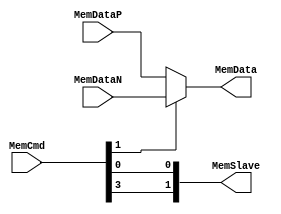
module memManager (MemCmd, MemSlave, MemDataP, MemDataN, MemData);

input [3:0]MemCmd;
input [31:0]MemDataP;
input [31:0]MemDataN;

output [1:0]MemSlave;
output [31:0]MemData;

wire [31:0]DataPath;
wire [1:0]MemSlaver;

assign DataPath = MemCmd[1] ? MemDataN : MemDataP;

assign MemSlaver[1] = MemCmd[3];
assign MemSlaver[0] = MemCmd[0];

assign MemSlave = MemSlaver;

assign MemData = DataPath;

endmodule